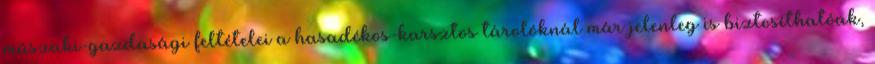
műszaki-gazdasági feltételei a hasadékos-karsztos tárolóknál már jelenleg is biztosíthatóak,